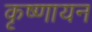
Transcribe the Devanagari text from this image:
कृष्‍णायन